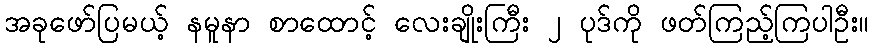
အခုဖော်ပြမယ့် နမူနာ စာထောင့် လေးချိုးကြီး ၂ ပုဒ်ကို ဖတ်ကြည့်ကြပါဦး။